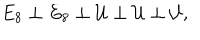
LaTeX: E _ { 8 } \perp E _ { 8 } \perp { \cal U } \perp { \cal U } \perp { \cal U } ,